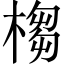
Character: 㮲